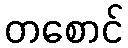
တစောင်